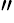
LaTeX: ^{\prime\prime}